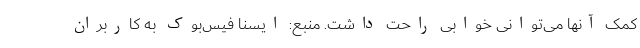
کمک آنها می‌توانی خوابی راحت داشت. منبع: ایسنا فیس‌بوک به کاربران